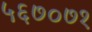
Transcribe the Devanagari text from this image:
५६७०७१